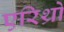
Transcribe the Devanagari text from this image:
एरिथ्रो